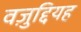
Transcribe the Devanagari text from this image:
वज़ुद्दियह